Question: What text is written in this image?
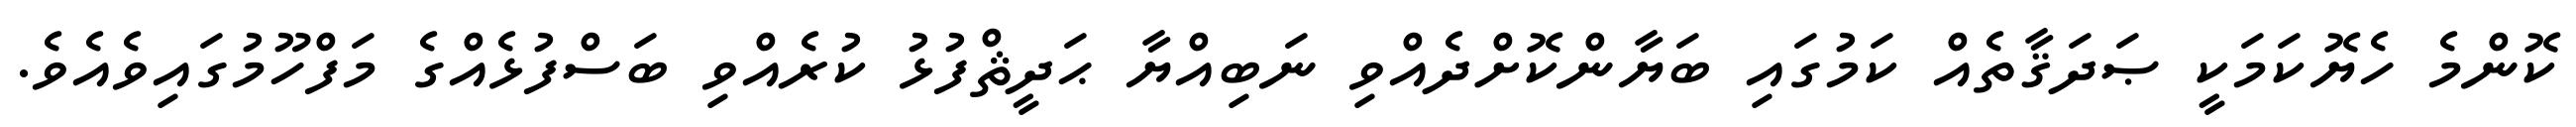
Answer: ކޮންމެ ހެޔޮކަމަކީ ޞަދަޤާތެއް ކަމުގައި ބަޔާންކޮށްދެއްވި ނަބިއްޔާ ޙަދީޘްފުޅު ކުރެއްވި ބަސްފުޅެއްގެ މަފްހޫމުގައިވެއެވެ.